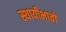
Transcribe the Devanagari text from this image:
स्थायीभावों